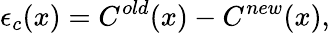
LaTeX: \epsilon_{c}(x)=C^{old}(x)-C^{new}(x),